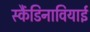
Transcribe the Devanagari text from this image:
स्कैंडिनावियाई